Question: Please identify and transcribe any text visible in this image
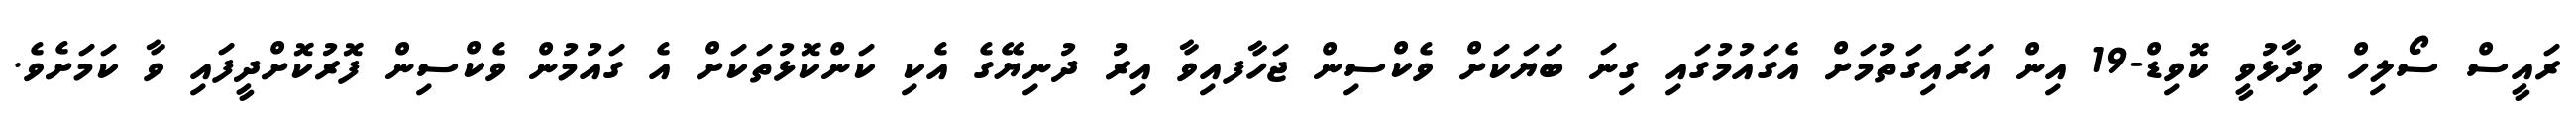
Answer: ރައީސް ސޯލިހް ވިދާޅުވީ ކޮވިޑް-19 އިން އަރައިގަތުމަށް އެގައުމުގައި ގިނަ ބަޔަކަށް ވެކްސިން ޖަހާފއިވާ އިރު ދުނިޔޭގެ އެކި ކަންކޮޅުތަކަށް އެ ގައުމުން ވެކްސިން ފޮރުކޮށްދީފައި ވާ ކަމަށެވެ.